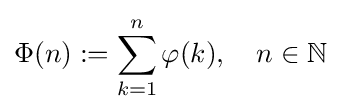
\Phi (n):=\sum _{k=1}^{n}\varphi (k),\quad n\in \mathbb {N}